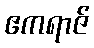
ဧကရာဇ်